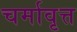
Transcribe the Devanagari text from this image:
चर्मावृत्त